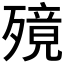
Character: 𣩜